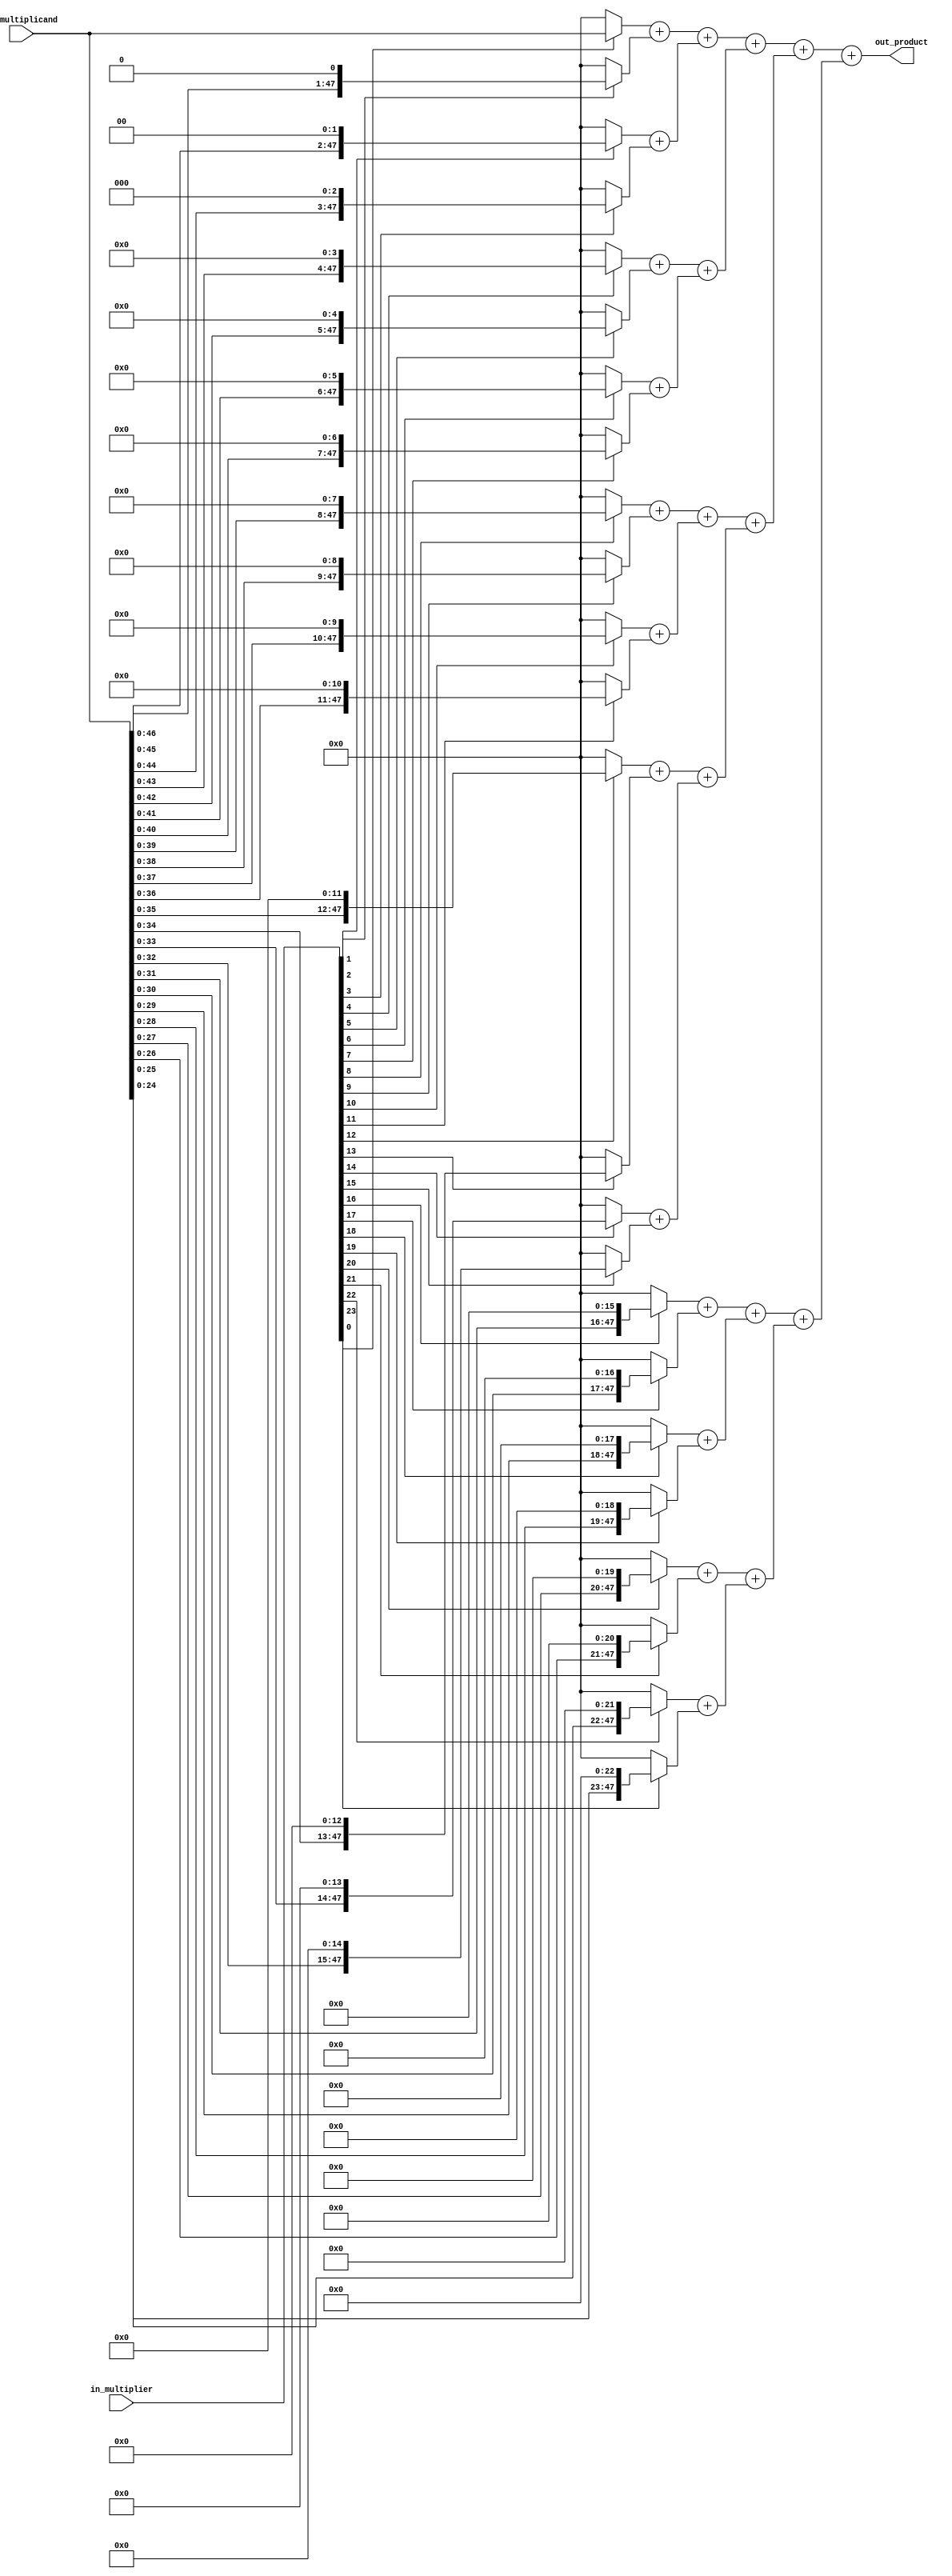
module Mant_Mult(in_multiplicand, in_multiplier, out_product);
    input [47:0] in_multiplicand;
    input [23:0] in_multiplier;

    output [47:0] out_product;

    wire [47:0] product_0, product_1, product_2, product_3, product_4, product_5, product_6, product_7, product_8, product_9, product_10, product_11, product_12, product_13, product_14, product_15, product_16, product_17, product_18, product_19, product_20, product_21, product_22, product_23;

    assign product_0 = (in_multiplier[0]) ? in_multiplicand : 48'd0;
    assign product_1 = (in_multiplier[1]) ? (in_multiplicand << 1) : 48'd0;
    assign product_2 = (in_multiplier[2]) ? (in_multiplicand << 2) : 48'd0;
    assign product_3 = (in_multiplier[3]) ? (in_multiplicand << 3) : 48'd0;
    assign product_4 = (in_multiplier[4]) ? (in_multiplicand << 4) : 48'd0;
    assign product_5 = (in_multiplier[5]) ? (in_multiplicand << 5) : 48'd0;
    assign product_6 = (in_multiplier[6]) ? (in_multiplicand << 6) : 48'd0;
    assign product_7 = (in_multiplier[7]) ? (in_multiplicand << 7) : 48'd0;
    assign product_8 = (in_multiplier[8]) ? (in_multiplicand << 8) : 48'd0;
    assign product_9 = (in_multiplier[9]) ? (in_multiplicand << 9) : 48'd0;
    assign product_10 = (in_multiplier[10]) ? (in_multiplicand << 10) : 48'd0;
    assign product_11 = (in_multiplier[11]) ? (in_multiplicand << 11) : 48'd0;
    assign product_12 = (in_multiplier[12]) ? (in_multiplicand << 12) : 48'd0;
    assign product_13 = (in_multiplier[13]) ? (in_multiplicand << 13) : 48'd0;
    assign product_14 = (in_multiplier[14]) ? (in_multiplicand << 14) : 48'd0;
    assign product_15 = (in_multiplier[15]) ? (in_multiplicand << 15) : 48'd0;
    assign product_16 = (in_multiplier[16]) ? (in_multiplicand << 16) : 48'd0;
    assign product_17 = (in_multiplier[17]) ? (in_multiplicand << 17) : 48'd0;
    assign product_18 = (in_multiplier[18]) ? (in_multiplicand << 18) : 48'd0;
    assign product_19 = (in_multiplier[19]) ? (in_multiplicand << 19) : 48'd0;
    assign product_20 = (in_multiplier[20]) ? (in_multiplicand << 20) : 48'd0;
    assign product_21 = (in_multiplier[21]) ? (in_multiplicand << 21) : 48'd0;
    assign product_22 = (in_multiplier[22]) ? (in_multiplicand << 22) : 48'd0;
    assign product_23 = (in_multiplier[23]) ? (in_multiplicand << 23) : 48'd0;

    assign out_product = (((product_0 + product_1) + (product_2 + product_3)) + ((product_4 + product_5) + (product_6 + product_7))) + (((product_8 + product_9) + (product_10 + product_11)) + ((product_12 + product_13) + (product_14 + product_15))) + (((product_16 + product_17) + (product_18 + product_19)) + ((product_20 + product_21) + (product_22 + product_23)));
endmodule